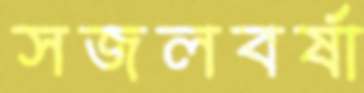
সজলবর্ষা